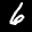
Label: 6